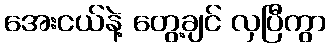
အေးငယ်နဲ့ တွေ့ချင် လှပြီကွာ